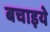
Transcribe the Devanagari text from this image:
बचाइये